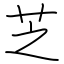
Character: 芝